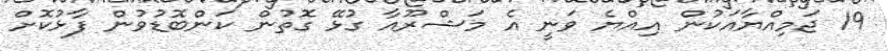
19 ޖަމިއްޔާއަކުން އިއްޔެ ވަނީ އެ މަޝްރޫއާ ގުޅޭ ގޮތުން ކަންބޮޑުވުން ފާޅުކޮށް